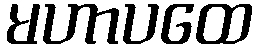
မဟာပထေ